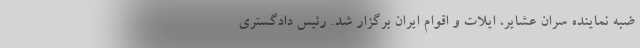
ضبه نماینده سران عشایر، ایلات و اقوام ایران برگزار شد. رئیس دادگستری